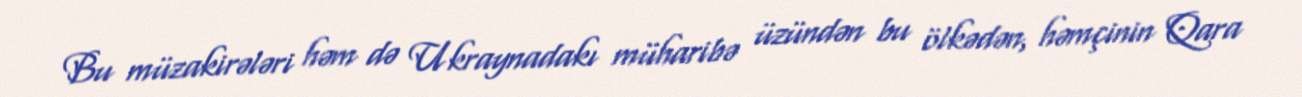
Bu müzakirələri həm də Ukraynadakı müharibə üzündən bu ölkədən, həmçinin Qara